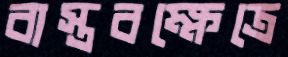
বাস্তবক্ষেত্রে